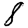
Digit: 8